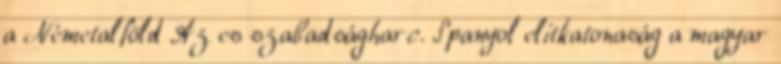
a Németalföld Az es szabadságharc. Spanyol elitkatonaság a magyar